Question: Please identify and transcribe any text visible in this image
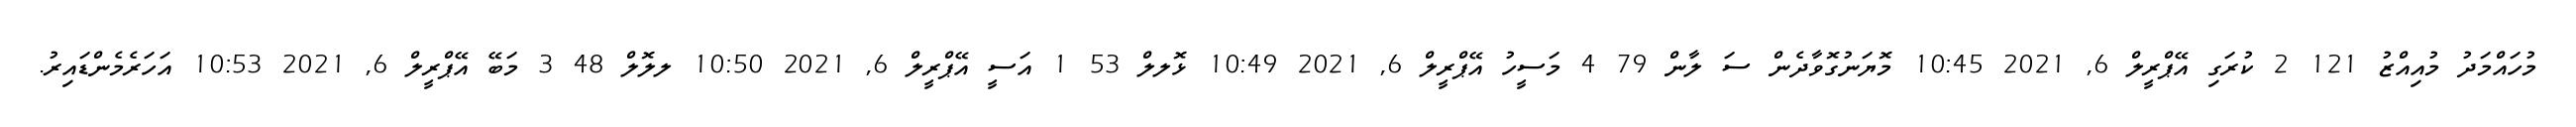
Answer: މުހައްމަދު މުއިއްޒު 121 2 ކުރަގި އޭޕްރީލް 6, 2021 10:45 މޮޔަނުގޮވާދެން ސަ ލާން 79 4 މަސީހު އޭޕްރީލް 6, 2021 10:49 ޅޮލލް 53 1 އަސީ އޭޕްރީލް 6, 2021 10:50 ލލޮލް 48 3 މަބޭ އޭޕްރީލް 6, 2021 10:53 އަހަރެމެންޑައިރު.